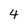
Character: 4